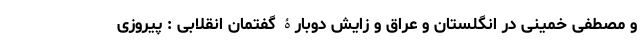
و مصطفی خمینی در انگلستان و عراق و زایش دوبارۀ گفتمان انقلابی : پیروزی